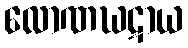
လောဏဃဋာယ